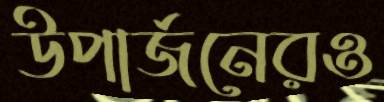
উপার্জনেরও